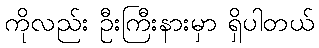
ကိုလည်း ဦးကြီးနားမှာ ရှိပါတယ်